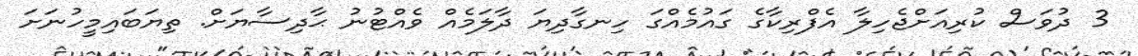
3 ދުވަސް ކުރިއަށްޖެހިލާ އެފްރިކާގެ ގައުމެއްގަ ހިނގާދިޔަ ދާލަމެއް ވެއްޓުނު ޙާދިސާޔަށް. ތިޔަބައިމީހުނަށަ